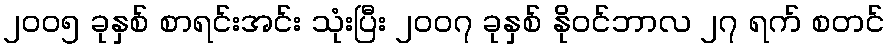
၂၀၀၅ ခုနှစ် စာရင်းအင်း သုံးပြီး ၂၀၀၇ ခုနှစ် နိုဝင်ဘာလ ၂၇ ရက် စတင်